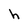
Character: h